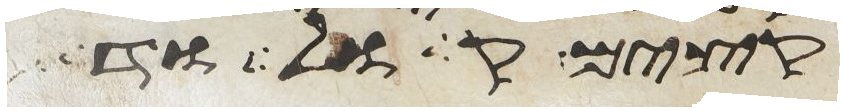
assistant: בתיכם קחו ולכו